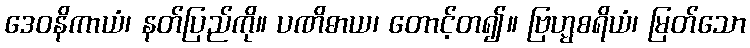
ဒေဝနိကာယံ၊ နတ်ပြည်ကို။ ပဏိဓာယ၊ တောင့်တ၍။ ဗြဟ္မစရိယံ၊ မြတ်သော